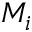
M _ { i }